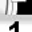
Digit: 1